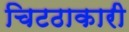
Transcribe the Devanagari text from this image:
चिटठाकारी